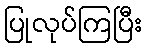
ပြုလုပ်ကြပြီး